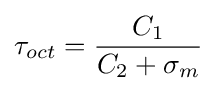
\tau _{oct}={\frac {C_{1}}{C_{2}+\sigma _{m}}}